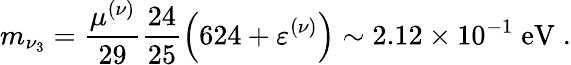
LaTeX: m_{\nu_{3}}=\frac{\mu^{(\nu)}}{29}\frac{24}{25}\left(624+\varepsilon^{(\nu)}\right)\sim 2.12\times 10^{-1}\; \mathrm{eV}\; .